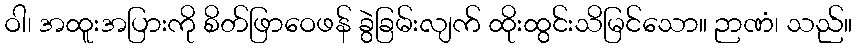
ဝါ၊ အထူးအပြားကို စိတ်ဖြာဝေဖန် ခွဲခြမ်းလျက် ထိုးထွင်းသိမြင်သော။ ဉာဏံ၊ သည်။